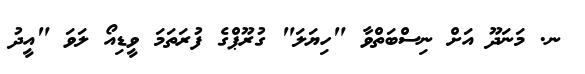
ނ. މަނަދޫ އަށް ނިސްބަތްވާ "ހިޔަލަ" ގުރޫޕްގެ ފުރަތަމަ ވީޑިއޯ ލަވަ "އީދު